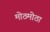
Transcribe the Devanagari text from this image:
मोठमोठा